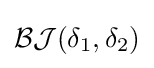
{\mathcal {BJ}}(\delta _{1},\delta _{2})